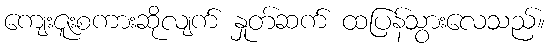
ကျေးဇူးစကားဆိုလျက် နှုတ်ဆက် ထပြန်သွားလေသည်။